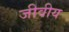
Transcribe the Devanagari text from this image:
जीवीय